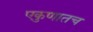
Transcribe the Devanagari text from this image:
एकुणातच